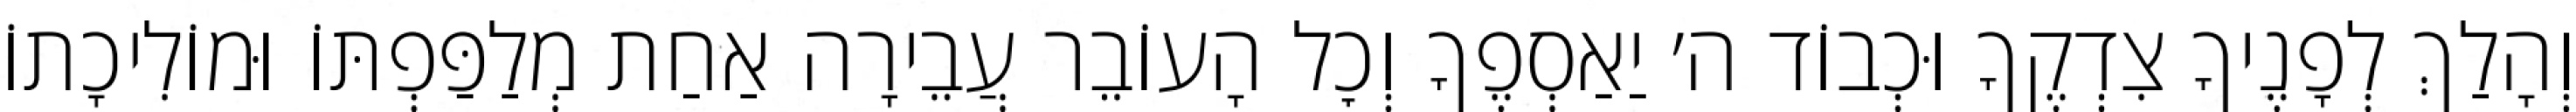
וְהָלַךְ לְפָנֶיךָ צִדְקֶךָ וּכְבוֹד ה׳ יַאַסְפֶךָ וְכׇל הָעוֹבֵר עֲבֵירָה אַחַת מְלַפַּפְתּוֹ וּמוֹלִיכָתוֹ